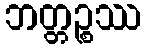
ဘတ္တဉ္စဿ